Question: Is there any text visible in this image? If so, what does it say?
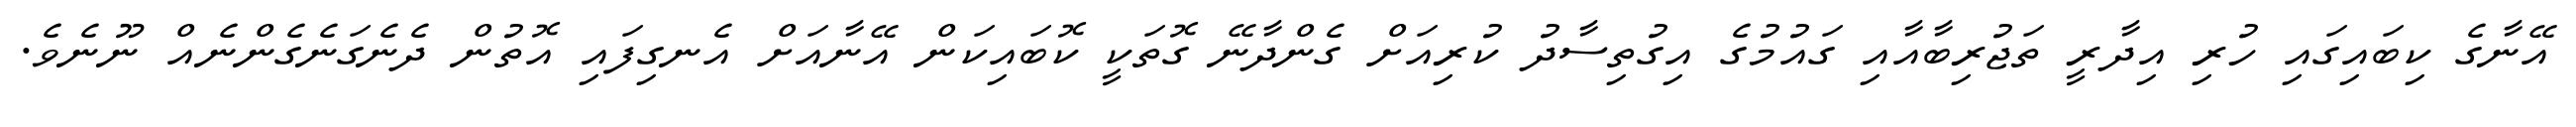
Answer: އޭނާގެ ކިބައިގައި ހުރި އިދާރީ ތަޖުރިބާއާއި ގައުމުގެ އިގުތިސާދު ކުރިއަށް ގެންދާނޭ ގޮތަކީ ކޮބައިކަން އޭނާއަށް އެނގިފައި އޮތުން ދެނެގަނެގެންނެއް ނޫނެވެ.